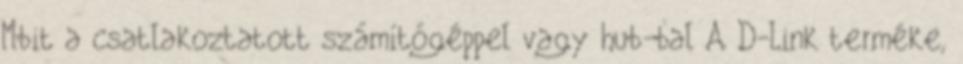
Mbit a csatlakoztatott számítógéppel vagy hub-bal A D-Link terméke,